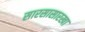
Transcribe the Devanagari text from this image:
सारसासारखा